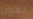
تعرض